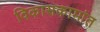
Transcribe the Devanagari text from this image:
विकासकामांत